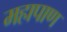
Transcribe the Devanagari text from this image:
महापाण